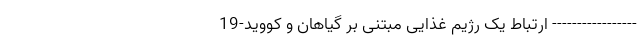
----------------- ارتباط یک رژیم غذایی مبتنی بر گیاهان و کووید-19